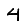
Digit: 4